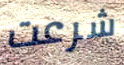
شرعت